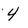
Character: 4